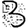
Digit: 3